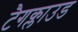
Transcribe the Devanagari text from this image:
टैगक्लाउड